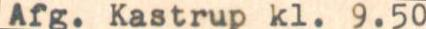
Afg. Kastrup kl. 9.50